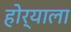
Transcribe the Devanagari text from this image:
होर्‍याला